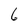
Character: 6